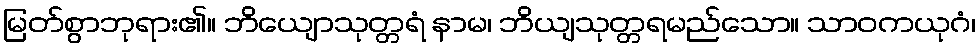
မြတ်စွာဘုရား၏။ ဘိယျောသုတ္တရံ နာမ၊ ဘိယျသုတ္တရမည်သော။ သာဝကယုဂံ၊